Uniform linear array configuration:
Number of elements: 16
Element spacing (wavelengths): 0.25
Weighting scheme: blackman
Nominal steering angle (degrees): -15
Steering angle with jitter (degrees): -15.079
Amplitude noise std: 0.05
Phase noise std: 0.05

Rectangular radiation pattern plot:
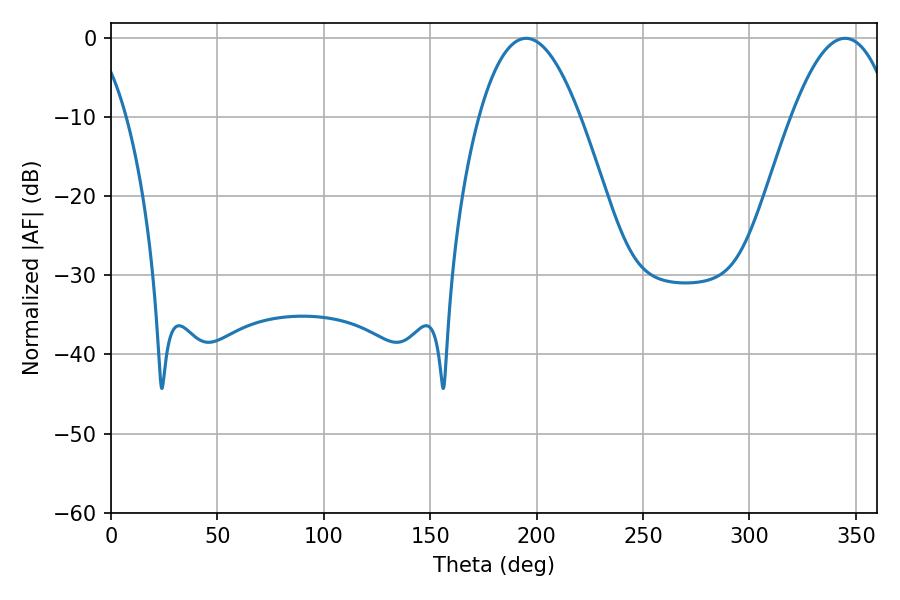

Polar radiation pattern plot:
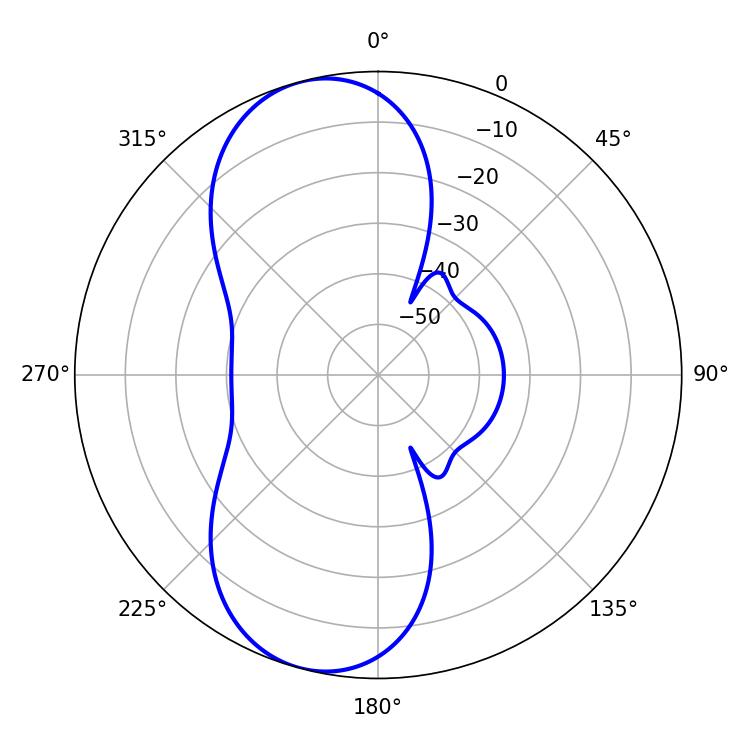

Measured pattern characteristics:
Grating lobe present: FALSE
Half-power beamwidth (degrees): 26.1
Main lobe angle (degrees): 195.12